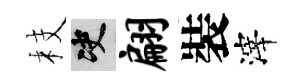
枝决翩裝滓